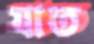
যাত